Punjab Mental Hospital Lahore 1922-31 - 1922-1931
Year: 1922
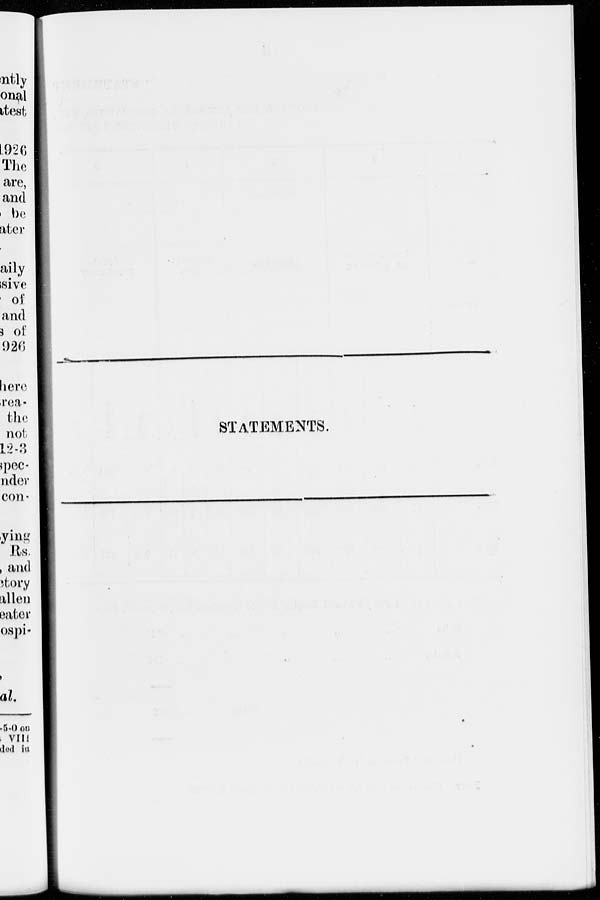
STATEMENTS.